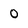
Character: 0